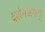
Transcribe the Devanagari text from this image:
दर्शनजगत्